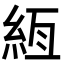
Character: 絚